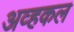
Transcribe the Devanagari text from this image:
अव्हकल